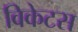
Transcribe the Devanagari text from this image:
विकेटस